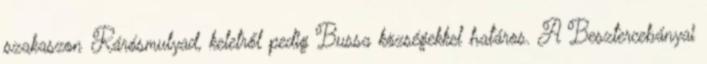
szakaszon Rárósmulyad, keletről pedig Bussa községekkel határos. A Besztercebányai